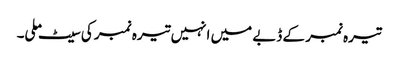
تیرہ نمبر کے ڈبے میں انہیں تیرہ نمبر کی سیٹ ملی۔